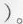
)。